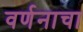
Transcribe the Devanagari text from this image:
वर्णनाचा